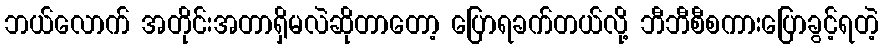
ဘယ်လောက် အတိုင်းအတာရှိမလဲဆိုတာတော့ ပြောရခက်တယ်လို့ ဘီဘီစီစကားပြောခွင့်ရတဲ့